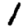
Digit: 1